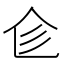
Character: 𠆹